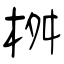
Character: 桝